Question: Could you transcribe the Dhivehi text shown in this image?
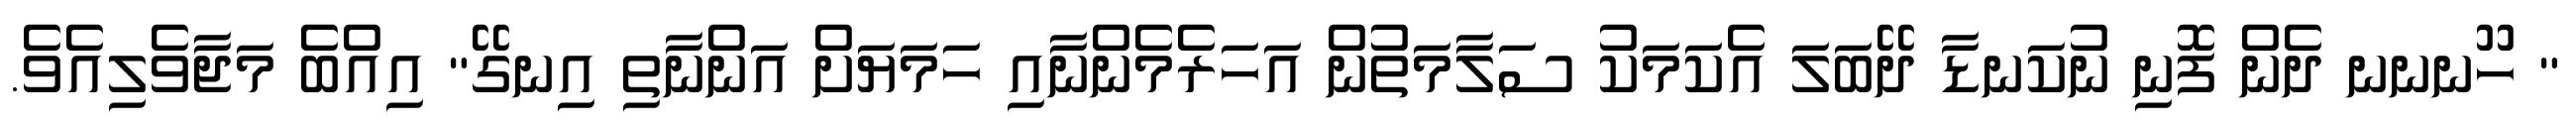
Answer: " ހޫނނނ ދެން ފޮނި ނުކަނޑާ ދޭބަލަ އެކަމަކު ސަލާމަތުން އަހަރެމެންނާއި ހަމަޔަށް އަންނާތި އިނގޭ" އިއްބެ މަޖާވެލިއެވެ.